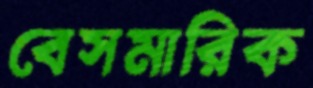
বেসমারিক